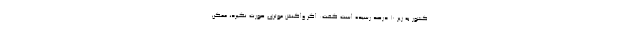
کشور به زیر ۱۰ درصد رسیده است گفت: اگر واکنش موثری صورت نگیرد، ممکن